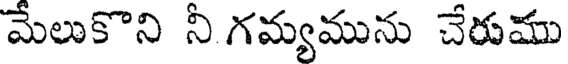
మేలుకొని నీ గమ్యమును చేరుము